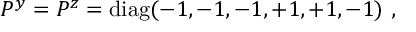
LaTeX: P ^ { y } = P ^ { z } = \mathrm { d i a g } ( - 1 , - 1 , - 1 , + 1 , + 1 , - 1 ) ~ , ~ \,